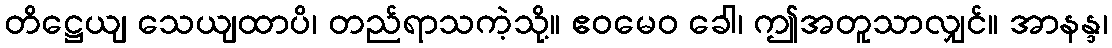
တိဋ္ဌေယျ သေယျထာပိ၊ တည်ရာသကဲ့သို့။ ဧဝမေဝ ခေါ၊ ဤအတူသာလျှင်။ အာနန္ဒ၊